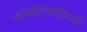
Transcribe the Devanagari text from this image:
कीमोलिथोट्रिप्सी